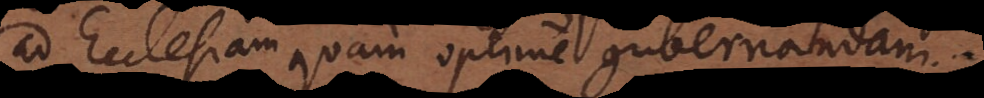
ad Ecclesiam quam optime gubernandam.